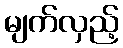
မျက်လှည့်